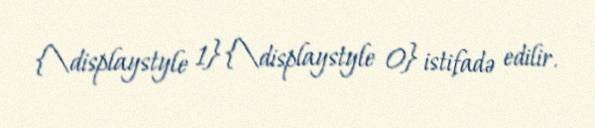
{\displaystyle 1} {\displaystyle 0} istifadə edilir.